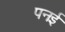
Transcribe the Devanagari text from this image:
पनई